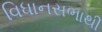
વિધાનસભાથી